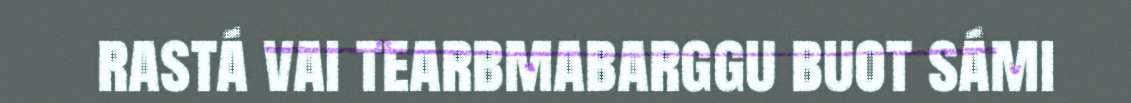
rastá vai tearbmabarggu buot sámi